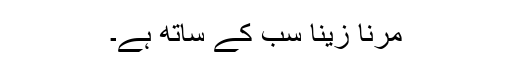
مرنا زینا سب کے ساتھ ہے۔